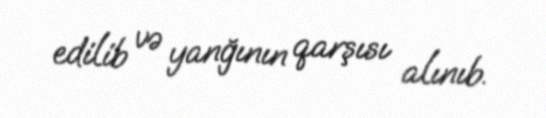
edilib və yanğının qarşısı alınıb.